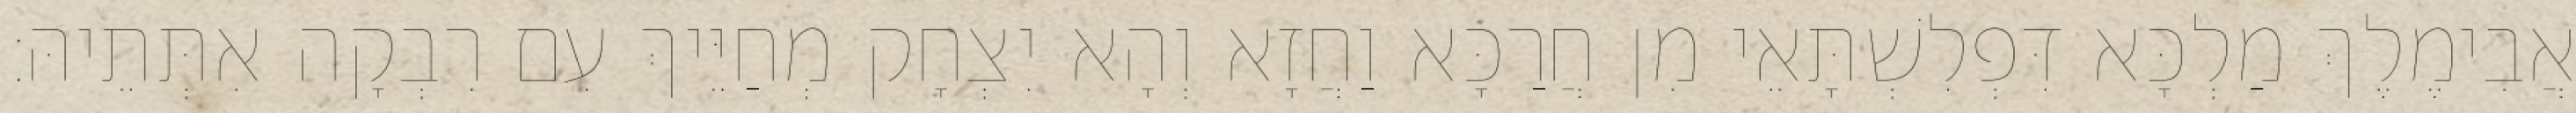
אֲבִימֶלֶךְ מַלְכָּא דִּפְלִשְׁתָּאֵי מִן חֲרַכָּא וַחֲזָא וְהָא יִצְחָק מְחַיֵּיךְ עִם רִבְקָה אִתְּתֵיהּ׃